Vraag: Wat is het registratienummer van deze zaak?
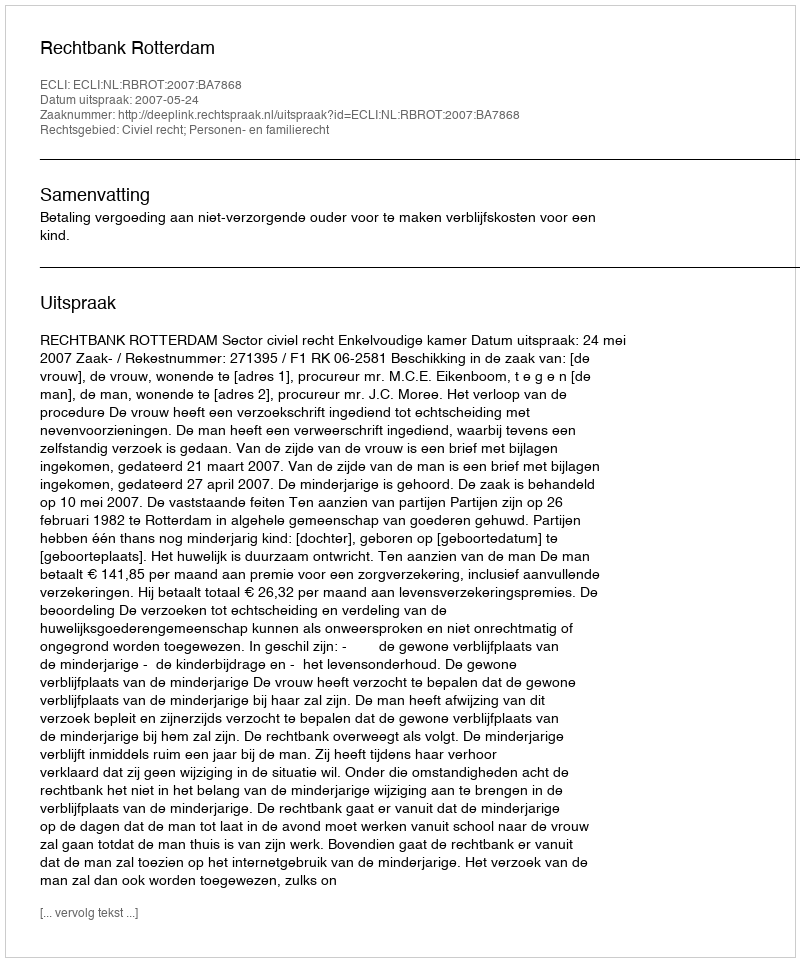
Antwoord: http://deeplink.rechtspraak.nl/uitspraak?id=ECLI:NL:RBROT:2007:BA7868